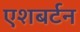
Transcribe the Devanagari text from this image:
एशबर्टन